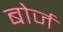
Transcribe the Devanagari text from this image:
बोर्ज